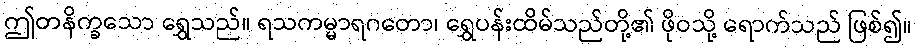
ဤတနိက္ခသော ရွှေသည်။ ရသကမ္မာရဂတော၊ ရွှေပန်းထိမ်သည်တို့၏ ဖိုဝသို့ ရောက်သည် ဖြစ်၍။